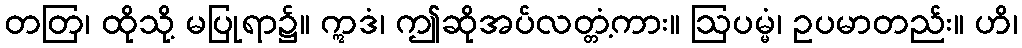
တတြ၊ ထိုသို့ မပြုရာ၌။ ဣဒံ၊ ဤဆိုအပ်လတ္တံ့ကား။ ဩပမ္မံ၊ ဥပမာတည်း။ ဟိ၊